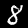
Digit: 8